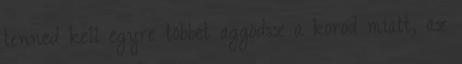
tenned kell egyre többet aggódsz a korod miatt, az